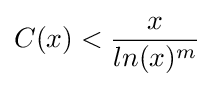
C(x)<{x \over ln(x)^{m}}